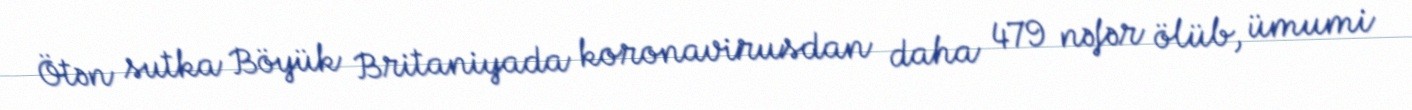
Ötən sutka Böyük Britaniyada koronavirusdan daha 479 nəfər ölüb, ümumi